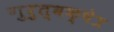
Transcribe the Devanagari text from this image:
गुरुत्वक्षेत्र